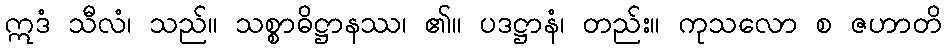
ဣဒံ သီလံ၊ သည်။ သစ္စာဓိဋ္ဌာနဿ၊ ၏။ ပဒဋ္ဌာနံ၊ တည်း။ ကုသလော စ ဇဟာတိ